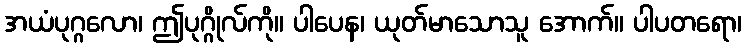
အယံပုဂ္ဂလော၊ ဤပုဂ္ဂိုလ်ကို။ ပါပေန၊ ယုတ်မာသောသူ အောက်။ ပါပတရော၊